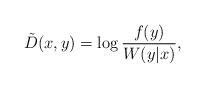
LaTeX: \begin{align*}\tilde{D}(x,y) = \log \frac{f(y)}{W(y|x)},\end{align*}